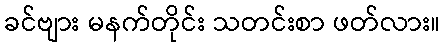
ခင်ဗျား မနက်တိုင်း သတင်းစာ ဖတ်လား။